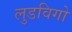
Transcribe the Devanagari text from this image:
लुडविगो